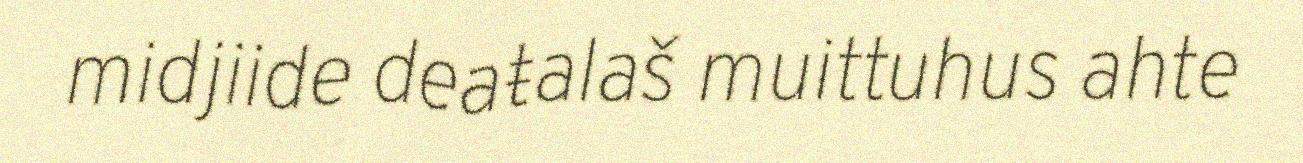
midjiide deaŧalaš muittuhus ahte